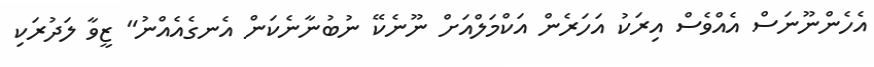
އެހެންނޫނަސް އެއްވެސް އިރަކު އަހަރެން އަކްމަލްއަށް ނޫނެކޭ ނުބުނާނެކަން އެނގެއެއްނު" ޒީވާ ލަދުރަކި